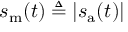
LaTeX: s _ { \mathrm { m } } ( t ) \triangleq | s _ { \mathrm { a } } ( t ) |